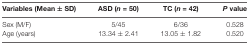
| Variables (Mean ± SD) | ASD (n = 50) | TC (n = 42) | P value |
 | --- | --- | --- | --- |
 | Sex (M/F) | 5/45 | 6/36 | 0.528 |
 | Age (years) | 13.34 ± 2.41 | 13.05 ± 1.82 | 0.520 |